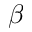
\beta